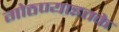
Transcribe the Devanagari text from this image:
गोठण्याइतके